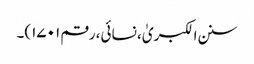
سنن الکبریٰ، نسائی، رقم ۱۷۰۱)۔